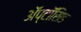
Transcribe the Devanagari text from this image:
अॅप्टॉसिड